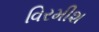
વિરમીશ